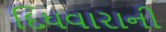
દિધવારાની